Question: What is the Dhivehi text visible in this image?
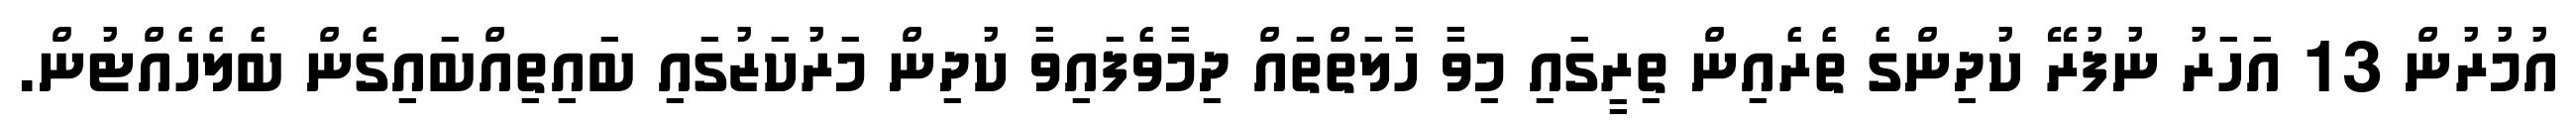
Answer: އުމުރުން 13 އަހަރު ނުފުރޭ ކުދިންގެ ތެރެއިން ތިރީގައި މިވާ ހާލަތްތައް ދިމާވެފައިވާ ކުދިން މަރުކަޒުގައި ބައިތިއްބައިގެން ބެލެހެއްޓުން.